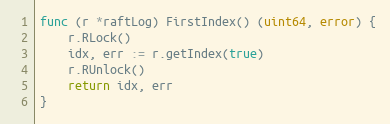
Language: Go
func (r *raftLog) FirstIndex() (uint64, error) {
	r.RLock()
	idx, err := r.getIndex(true)
	r.RUnlock()
	return idx, err
}